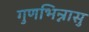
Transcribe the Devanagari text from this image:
गुणभिन्नासु